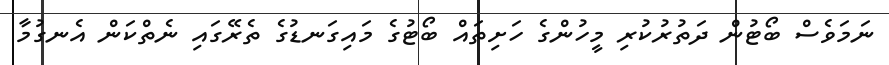
ނަމަވެސް ބޯޓުން ދަތުރުުކުރި މީހުންގެ ހަށިތައް ބޯޓުގެ މައިގަނޑުގެ ތެރޭގައި ނެތްކަން އެނގުމާ